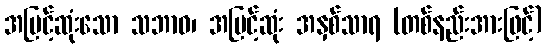
အမြင့်ဆုံးသော သဘာဝ၊ အမြင့်ဆုံး အနှစ်သာရ (တစ်နည်းအားဖြင့်)